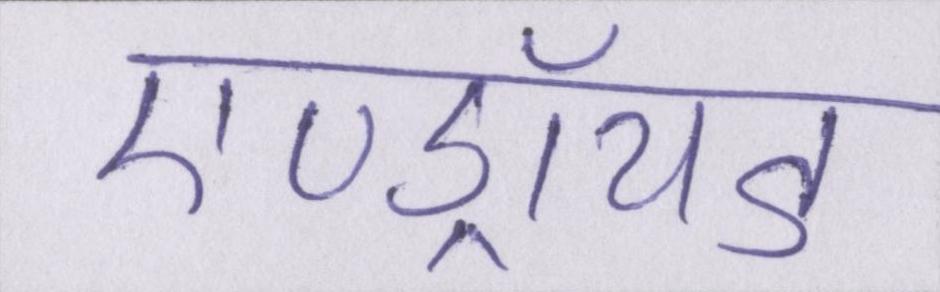
एण्ड्रॉयड